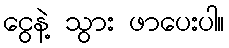
ငွေနဲ့ သွား ဖာပေးပါ။